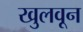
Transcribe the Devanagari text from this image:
खुलवून